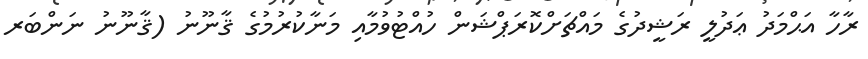
ރާހާ އަޙްމަދު ޢަދުލީ ރަޝީދުގެ މައްޗަށްކޮރަޕްޝަން ހުއްޓުވުމާއި މަނާކުރުމުގެ ޤާނޫނު (ޤާނޫނު ނަންބަރ